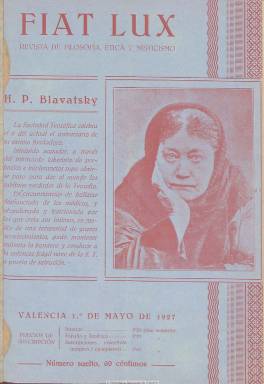
Título: Fiat lux (Valencia)
Colección: Espiritismo
Ámbito geográfico: Valencia
Lugar de publicación: Valencia
Fechas: 01/05/1927-01/05/1927

Revista mensual de filosofía, ética y misticismo, tal como indica su subtítulo, aparece en Valencia el primero de mayo de 1927. Se trata de una publicación de divulgación teosófica, cuyo título se refiere a uno de los primeros versículos del Génesis bíblico: Hágase la luz. La Biblioteca Nacional de España sólo dispone de este primer número, pero se conocen de esta revista hasta su número 13, de mayo de 1928. Su responsable debió ser Joaquín Román, a donde se indicaba debía ser enviada la correspondencia y que llegó a presidir el grupo valenciano de la Sociedad Teosófica Española. En esta primera entrega ya se celebra a una de las principales fundadoras de la Sociedad Teosófica, la rusa Helena P. Blavatsky (1831-1891). La publicación tendrá paginación variada, entre las 20 y las 32 páginas, compuestas a dos columnas, que contienen textos sobre este movimiento religioso, insertando frases del poeta, filósofo y Premio Nobel el bengalí Rabindranath Tagore (1861-1941), o artículos del secretario general de la Sociedad Teosófica Española, el médico y político Manuel de Brioude (1885-1932). También tuvo una sección bajo el epígrafe Metapsiquia. Como los demás periódicos, estuvo sometida a la censura previa de la dictadura primoriverista.